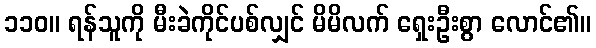
၁၁၀။ ရန်သူကို မီးခဲကိုင်ပစ်လျှင် မိမိလက် ရှေးဦးစွာ လောင်၏။